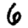
Digit: 6